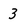
Character: 3